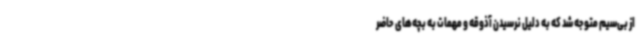
از بی‌سیم متوجه شد که به دلیل نرسیدن آذوقه و مهمات به بچه‌های حاضر